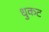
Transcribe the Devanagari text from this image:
धुकट